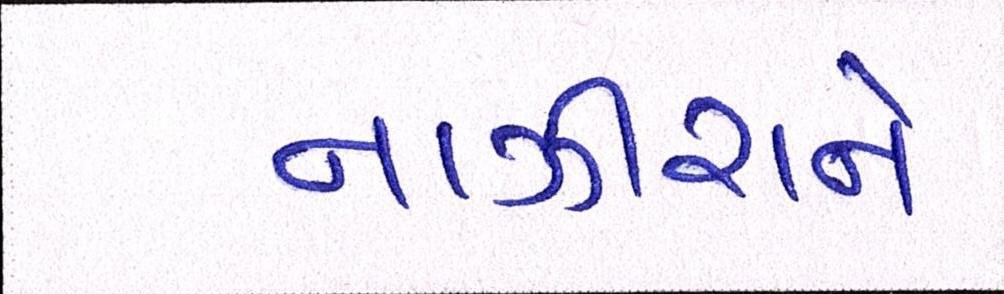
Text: નાઝીરાને